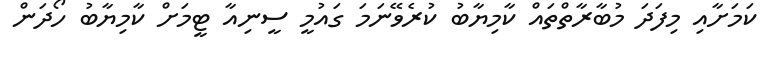
ކަމަށާއި މިފަދަ މުބާރާތްތައް ކާމިޔާބު ކުރެވޭނަމަ ގައުމީ ސީނިއާ ޓީމަށް ކާމިޔާބު ހޯދަން